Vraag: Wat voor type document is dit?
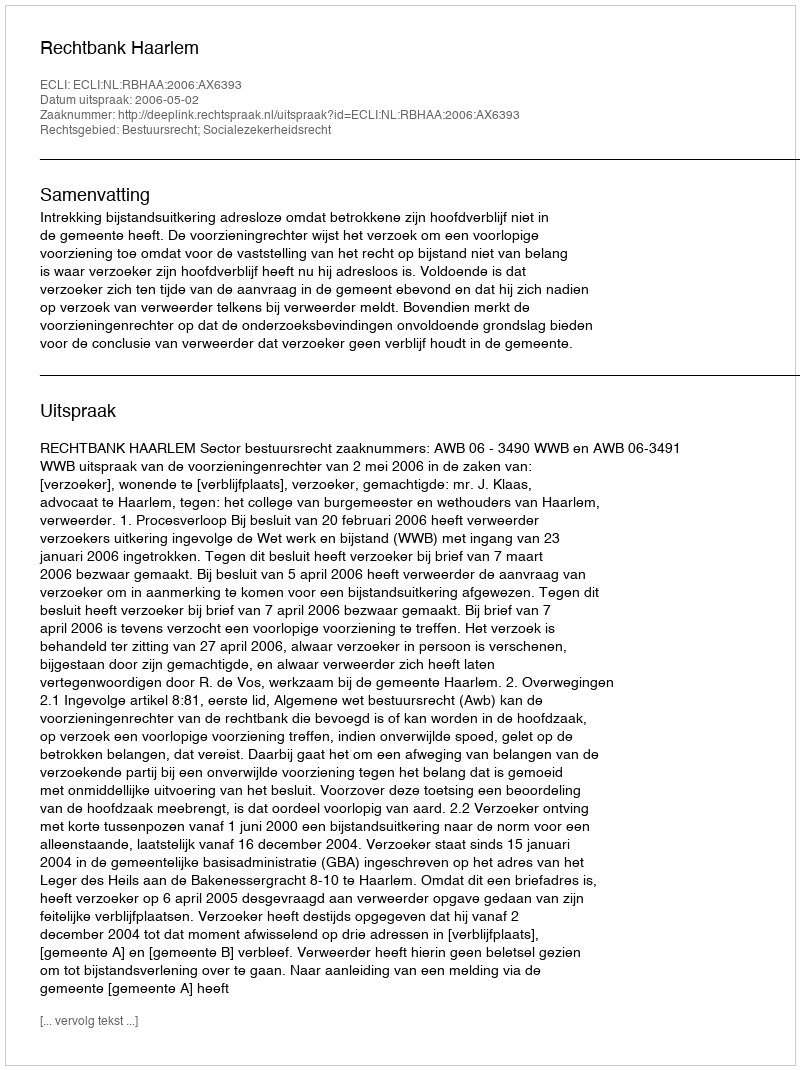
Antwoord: Uitspraak